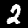
Digit: 2